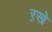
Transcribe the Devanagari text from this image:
ऱखे